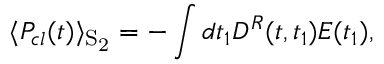
\langle P _ { c l } ( t ) \rangle _ { \mathrm { { { \cal S } _ { 2 } } } } = - \int d t _ { 1 } D ^ { R } ( t , t _ { 1 } ) E ( t _ { 1 } ) ,